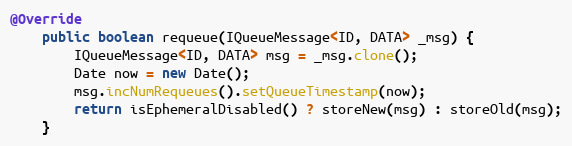
Language: Java
@Override
    public boolean requeue(IQueueMessage<ID, DATA> _msg) {
        IQueueMessage<ID, DATA> msg = _msg.clone();
        Date now = new Date();
        msg.incNumRequeues().setQueueTimestamp(now);
        return isEphemeralDisabled() ? storeNew(msg) : storeOld(msg);
    }